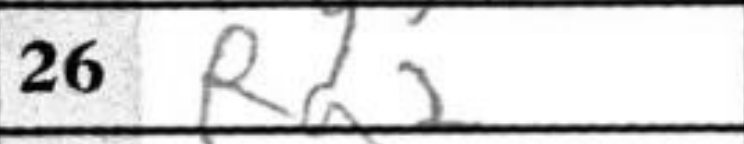
Transcription: Ra2